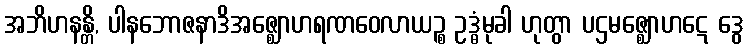
အဘိဟနန္တိ, ပါနဘောဇနာဒိအဇ္ဈောဟရဏဝေလာယဉ္စ ဥဒ္ဓံမုခါ ဟုတွာ ပဌမဇ္ဈောဟဋေ ဒွေ